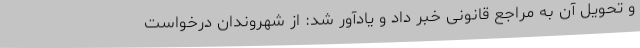
و تحویل آن به مراجع قانونی خبر داد و یادآور شد: از شهروندان درخواست